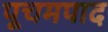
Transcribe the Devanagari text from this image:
पूचमपाद